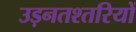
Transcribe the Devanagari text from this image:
उड़नतश्तरियों